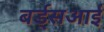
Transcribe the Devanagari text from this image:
बर्ड्सआई